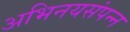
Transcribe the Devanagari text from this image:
अभिनयसंपन्‍न